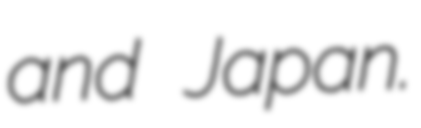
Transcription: and Japan.